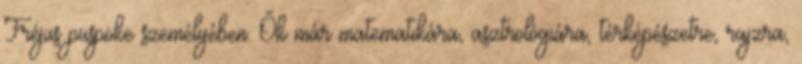
Fréjus püspöke személyében. Ők már matematikára, asztrológiára, térképészetre, rajzra,